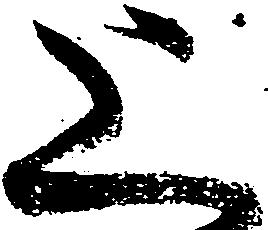
上